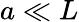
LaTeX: a\ll L